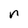
Character: n